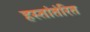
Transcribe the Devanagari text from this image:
हस्तांतंरित